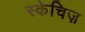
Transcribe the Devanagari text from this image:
स्केचिज़